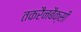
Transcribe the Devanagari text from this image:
तकरैनबैक्सी